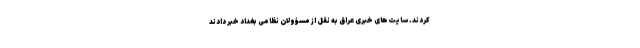
کردند. سایت‌های خبری عراق به نقل از مسؤولان نظامی بغداد خبر دادند